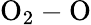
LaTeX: \mathrm{O_{2}-O}